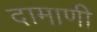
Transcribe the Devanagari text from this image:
दामाणी